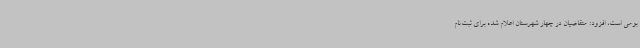
بومی است، افزود: متقاضیان در چهار شهرستان اعلام شده برای ثبت‌نام